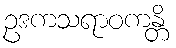
ဥဒကသရာဝကန္တိ